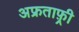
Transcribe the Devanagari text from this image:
अफ्रताफ़्री